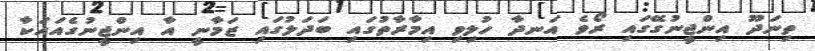
ތިނަދޫ އިންޖީނުގޭގައި ރޯވެ އަނދާ ހުލިވި އިމާރާތުގައި ބަދަލުގައި ޒަމާނީ އާ އިންޖީނުގެއައަކާ